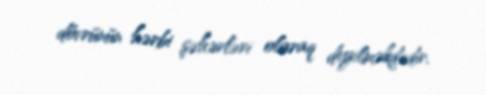
dövrünün hərbi şəhərləri olaraq deyilməkdədir.